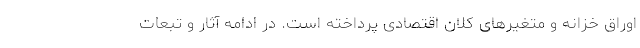
اوراق خزانه و متغیرهای کلان اقتصادی پرداخته است. در ادامه آثار و تبعات